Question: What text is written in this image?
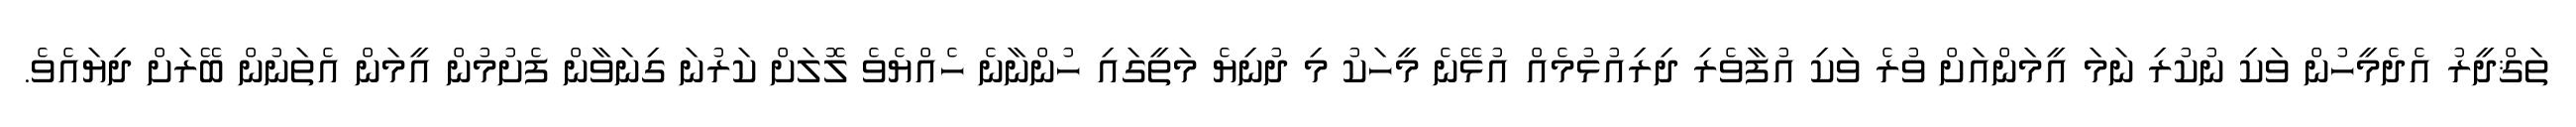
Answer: ތަޤްދީރު އެދެމީހުން ވަކި ނުކުރި ނަމަ އީމަންއަށް ވުރެ ވަކި އުފާވެރި ދިރިއުޅުމެއް އުޅޭނެ މީހަކު މި ދުނިޔެ މަތީގައި ހުންނާނެ ހެއްޔެވެ ލޮލަށް ކަރުނަ ގިނަވާން ފެށުމުން އީމަން އެތަނުން ބޭރަށް ދިޔައެވެ.